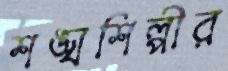
শঙ্খশিল্পীর